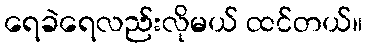
ရေခဲရေလည်းလိုမယ် ထင်တယ်။